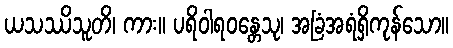
ယသဿိသူတိ၊ ကား။ ပရိဝါရဝန္တေသု၊ အခြံအရံရှိကုန်သော။